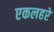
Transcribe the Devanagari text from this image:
एकलहरे